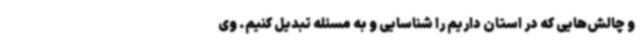
و چالش‌هایی که در استان داریم را شناسایی و به مسئله تبدیل کنیم. وی